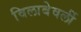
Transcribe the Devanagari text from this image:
विलाबेवर्ली